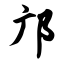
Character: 邝